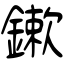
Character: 鏉